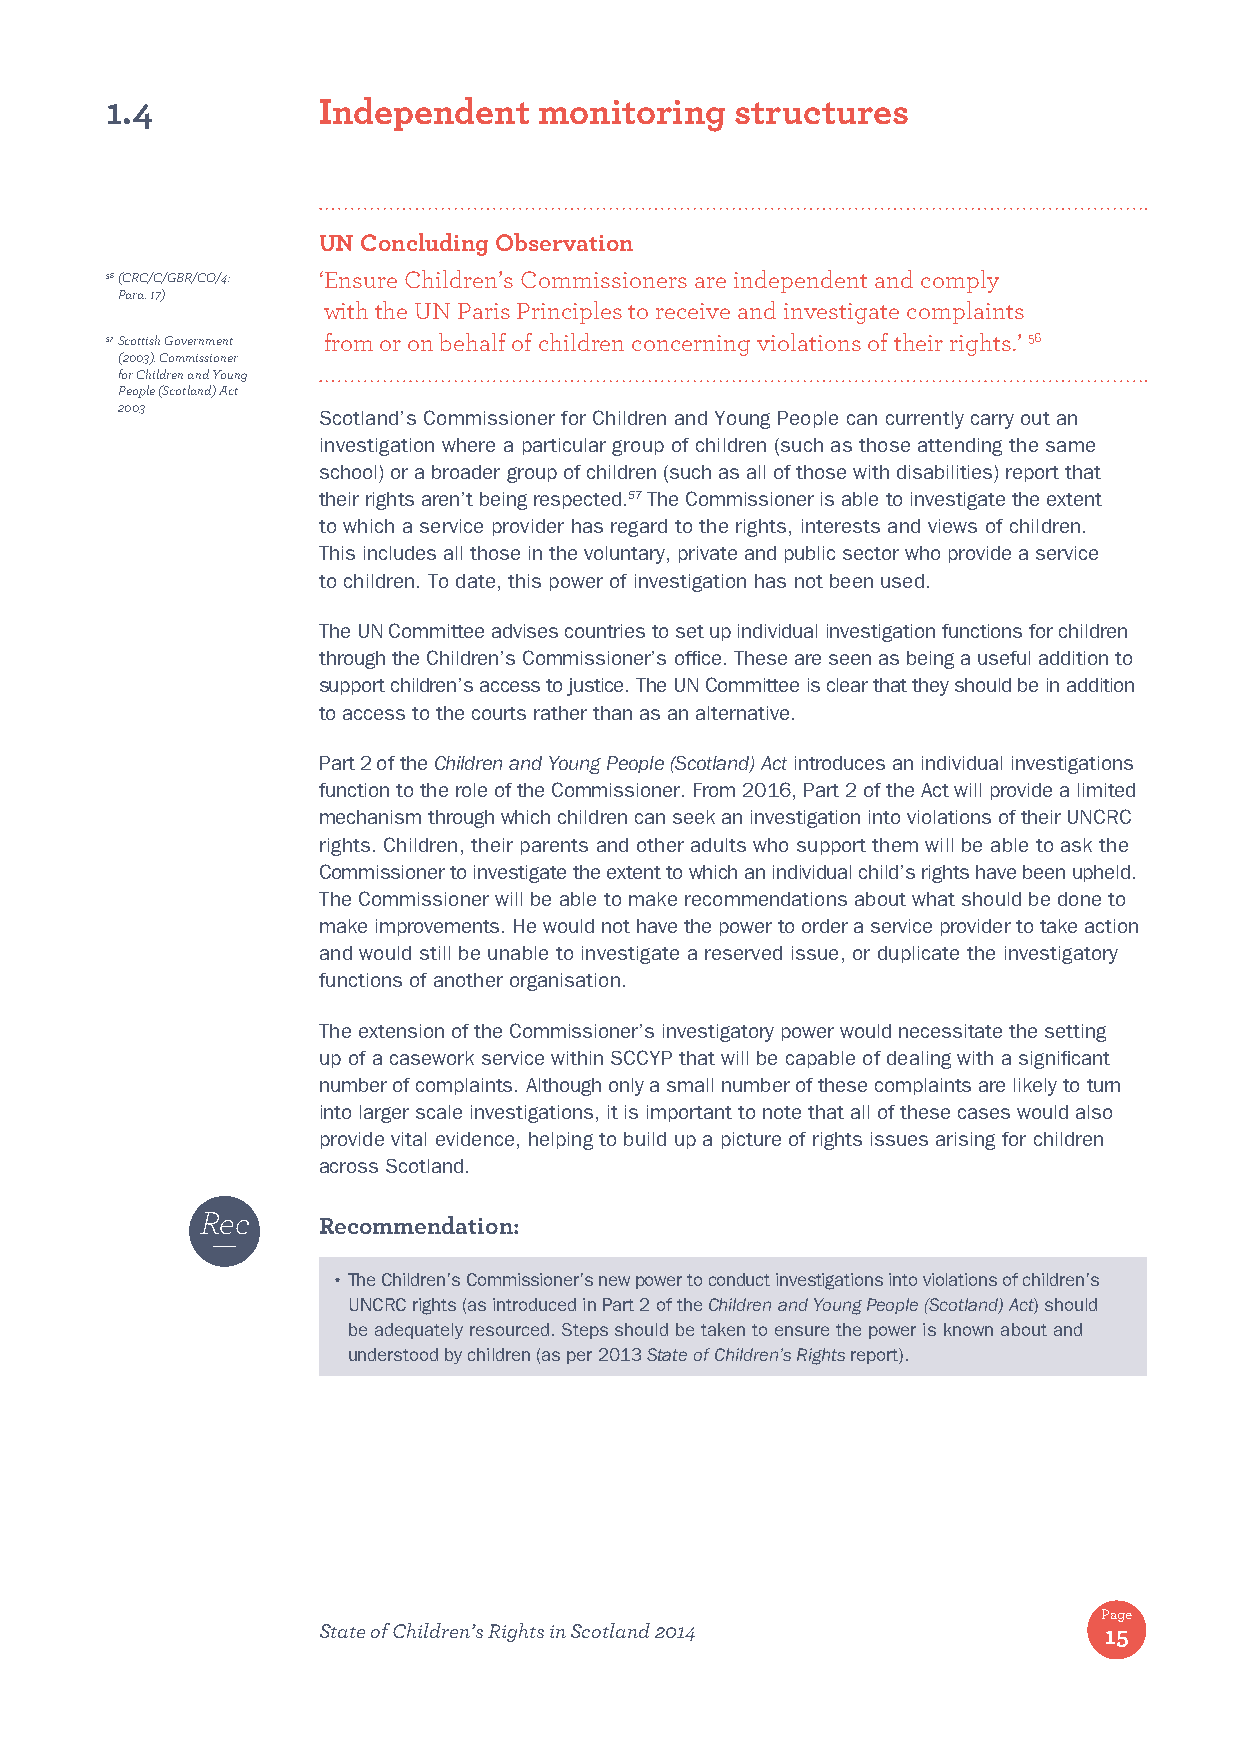
1.4           Independent    monitoring   structures
 UN Concluding Observation
 56 (CRC/C/GBR/CO/4: ‘ Ensure Children’s Commissioners are independent and comply
 Para. 17)
 with the UN Paris Principles to receive and investigate complaints
 57 Scottish Government from or on behalf of children concerning violations of their rights.’ 56
 (2003). Commissioner
 for Children and Young
 People (Scotland) Act
 2003
 Scotland’s Commissioner for Children and Young People can currently carry out an
 investigation where a particular group of children (such as those attending the same
 school) or a broader group of children (such as all of those with disabilities) report that
 their rights aren’t being respected.57 The Commissioner is able to investigate the extent
 to which a service provider has regard to the rights, interests and views of children.
 This includes all those in the voluntary, private and public sector who provide a service
 to children. To date, this power of investigation has not been used.
 The UN Committee advises countries to set up individual investigation functions for children
 through the Children’s Commissioner’s office. These are seen as being a useful addition to
 support children’s access to justice. The UN Committee is clear that they should be in addition
 to access to the courts rather than as an alternative.
 Part 2 of the Children and Young People (Scotland) Act introduces an individual investigations
 function to the role of the Commissioner. From 2016, Part 2 of the Act will provide a limited
 mechanism through which children can seek an investigation into violations of their UNCRC
 rights. Children, their parents and other adults who support them will be able to ask the
 Commissioner to investigate the extent to which an individual child’s rights have been upheld.
 The Commissioner will be able to make recommendations about what should be done to
 make improvements. He would not have the power to order a service provider to take action
 and would still be unable to investigate a reserved issue, or duplicate the investigatory
 functions of another organisation.
 The extension of the Commissioner’s investigatory power would necessitate the setting
 up of a casework service within SCCYP that will be capable of dealing with a significant
 number of complaints. Although only a small number of these complaints are likely to turn
 into larger scale investigations, it is important to note that all of these cases would also
 provide vital evidence, helping to build up a picture of rights issues arising for children
 across Scotland.
 Rec
 Recommendation:
 • The Children’s Commissioner’s new power to conduct investigations into violations of children’s
 UNCRC rights (as introduced in Part 2 of the Children and Young People (Scotland) Act) should
 be adequately resourced. Steps should be taken to ensure the power is known about and
 understood by children (as per 2013 State of Children’s Rights report).
 Page
 State of Children’s Rights in Scotland 2014         15